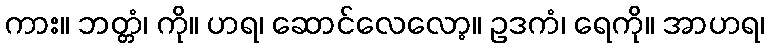
ကား။ ဘတ္တံ၊ ကို။ ဟရ၊ ဆောင်လေလော့။ ဥဒကံ၊ ရေကို။ အာဟရ၊